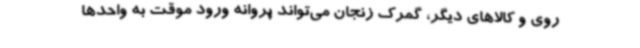
روی و کالاهای دیگر، گمرک زنجان می‌تواند پروانه ورود موقت به واحدها